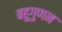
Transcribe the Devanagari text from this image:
बहुगुणन